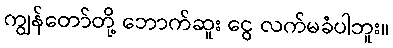
ကျွန်တော်တို့ ဘောက်ဆူး ငွေ လက်မခံပါဘူး။